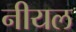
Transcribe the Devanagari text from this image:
नीयल